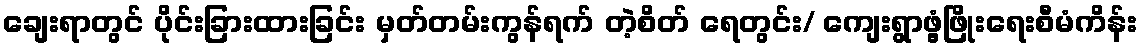
ချေးရာတွင် ပိုင်းခြားထားခြင်း မှတ်တမ်းကွန်ရက် တဲ့စိတ် ရေတွင်း/ ကျေးရွာဖွံ့ဖြိုးရေးစီမံကိန်း